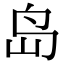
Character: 岛